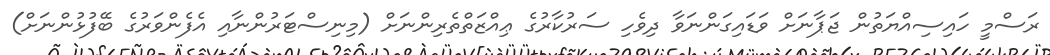
ރަސްމީ ހައިސިއްޔަތުން ޖަޕާނަށް ވަޑައިގަންނަވާ ދިވެހި ސަރުކާރުގެ ޢިއްޒަތްތެރިންނަށް (މިނިސްޓަރުންނާއި އެފެންވަރުގެ ބޭފުޅުންނަށް)